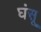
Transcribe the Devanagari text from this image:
घंसू